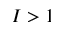
I > 1